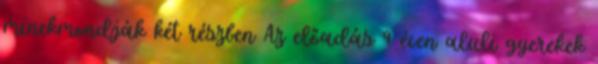
minekmondják két részben Az előadás 9 éven aluli gyerekek